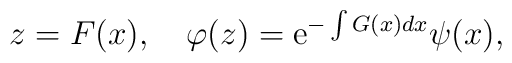
z=F(x),\quad \varphi (z)={\rm e}^{-\int G(x)dx}\psi(x),